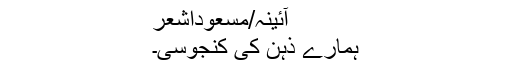
آئینہ/مسعوداشعر
ہمارے ذہن کی کنجوسی۔